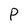
Character: P